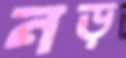
নড়